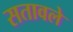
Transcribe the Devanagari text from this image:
सतावले